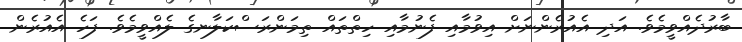
ބާރުދެއްވީމެވެ. އަދި އެއުރެންނަށް އިވުމާއި ފެނުމާއި ހިތްތައް ތިމަންރަސްކަލާނގެ ލެއްވީމެވެ. ފަހެ އެއުރެން